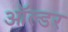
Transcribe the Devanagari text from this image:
ऑल्‍डर